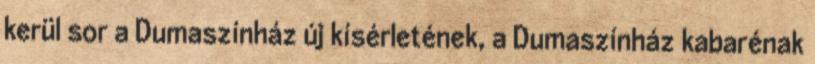
kerül sor a Dumaszínház új kísérletének, a Dumaszínház kabarénak